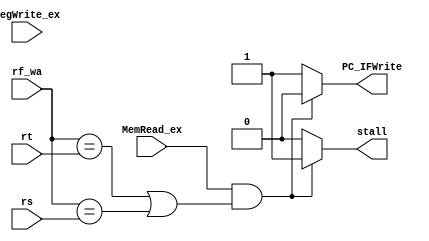
module hazard_detection(
  input [4:0] rs,
  input [4:0] rt,
  input [31:0] rf_wa,
  input MemRead_ex, 
  input RegWrite_ex,
  
  output reg PC_IFWrite,  // forbid PC & IF/ID receive new value(data)
  output reg stall  //clear up ID/EX 's content (signal of EX, MEM, WB)
  );

  always@(*)
  begin
    if(MemRead_ex && (rf_wa == rt || rf_wa == rs)) //load hazard: MemRead signal in ID/EX || **destination :[ex.rd_wa]** || **source:[id.rs / id.rt]** 
    begin
      stall = 1;
      PC_IFWrite = 0;
    end
    else
    begin
      stall = 0;
      PC_IFWrite = 1;
    end
  end
  
endmodule